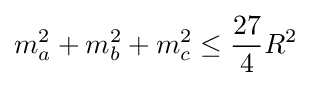
m_{a}^{2}+m_{b}^{2}+m_{c}^{2}\leq {\frac {27}{4}}R^{2}